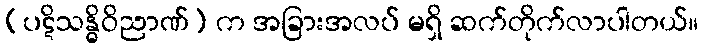
(ပဋိသန္ဓိဝိညာဏ်) က အခြားအလပ် မရှိ ဆက်တိုက်လာပါတယ်။